Annual report on the mental hospital in the Central Provinces and Berar (Nagpur) - 1927-1951
Year: 1927
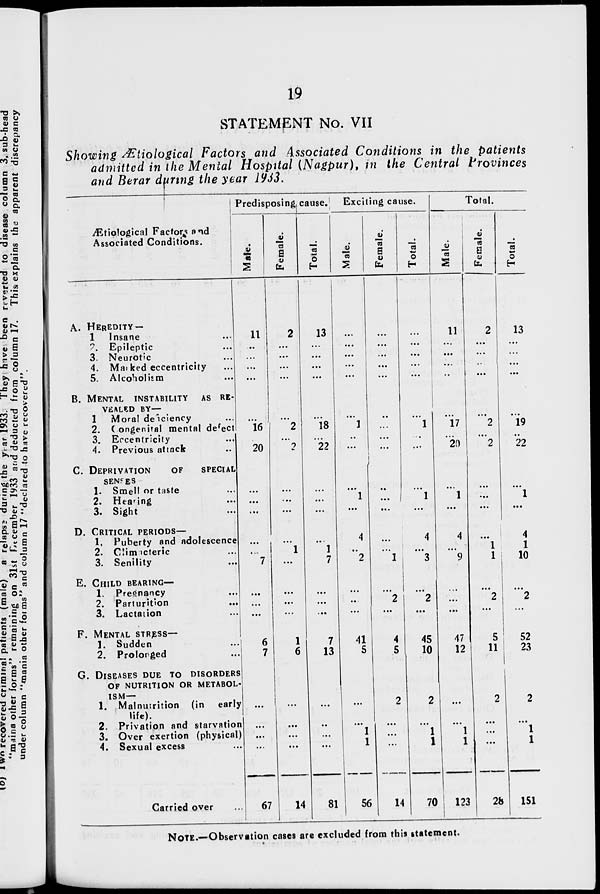
19
STATEMENT No. VII
Showing Ætiological Factors and Associated Conditions in the patients
admitted in the Mental Hospital (Nagpur), in the Central Provinces
and Berar during the year 1933.
Ætiological Factors and
Associated Conditions.
A. HEREDITY —
1 Insane ...
2. Epileptic ...
3. Neurotic ...
4. Marked eccentricity ...
5. Alcoholism ...
B. MENTAL INSTABILITY AS RE-
------ BY—
1 Moral deficiency ...
2. Congenital mental defect
3. Eccentricity ...
4. Previous attack ...
C. DEPRIVATION
OF SPECIAL
SENSES
1. Smell or taste ...
2. Hearing ...
3. Sight ...
D. CRITICAL PERIODS—
1. Puberty and adolescence
2. Climacteric ...
3. Senility ...
E. CHILD BEARING—
1. Pregnancy ...
2. Parturition ...
3. Lactation ...
F. MENTAL STRESS—
1. Sudden ...
2. Prolonged ...
G. DISEASES DUE TO DISORDERS
OF NUTRITION OR METABOL-
---—
1. Malnutrition (in early
life).
2. Privation and starvation
3. Over exertion (physical)
4. Sexual excess ...
Carried over ...
Predisposing cause.
Male.
11
...
...
...
...
...
16
...
20
...
...
...
...
...
7
...
...
...
6
7
...
...
...
...
67
Female.
2
...
...
...
...
...
2
...
2
...
...
...
...
1
...
...
...
...
1
6
...
...
...
...
14
Total.
13
...
...
...
...
...
18
...
22
...
...
...
...
1
7
...
...
...
7
13
...
...
...
...
81
Exciting cause.
Male.
...
...
...
...
...
...
1
...
...
...
1
...
4
...
2
...
...
...
41
5
...
...
1
1
56
Female.
...
...
...
...
...
...
...
...
...
...
...
...
...
...
1
...
2
...
4
5
2
...
...
...
14
Total.
...
...
...
...
...
...
1
...
...
...
1
...
4
...
3
...
2
...
45
10
2
...
1
1
70
Total.
Male.
11
...
...
...
...
...
17
...
20
...
1
...
4
...
9
...
...
...
47
12
...
...
1
1
123
Female.
2
...
...
...
...
...
2
...
2
...
...
...
...
1
1
...
2
...
5
11
2
...
...
...
28
Total.
13
...
...
...
...
...
19
...
22
...
1
...
4
1
10
...
2
...
52
23
2
...
1
1
151
NOTE.—Observation cases are excluded from this statement.